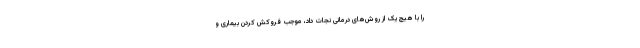
را با هیچ یک از روش‌های درمانی نجات داد، موجب فروکش کردن بیماری و